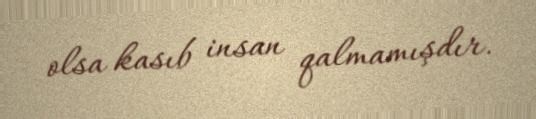
olsa kasıb insan qalmamışdır.